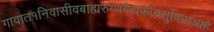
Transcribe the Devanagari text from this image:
गावात१निवासीवबाह्यरुग्णवैद्यकीयसुविधाआहे